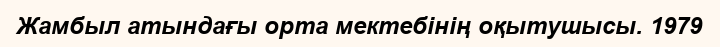
Жамбыл атындағы орта мектебінің оқытушысы. 1979